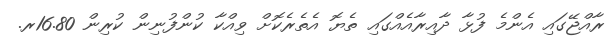
ރާއްޖޭގައި އެންމެ ފުޅާ ދާއިރާއެއްގައި ތެޔޮ އެތެރެކޮށް ވިއްކާ ކުންފުނިން ކުރިން 16.80ރ.